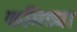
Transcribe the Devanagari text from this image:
कमिट्या